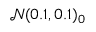
\mathcal { N } ( 0 . 1 , 0 . 1 ) _ { 0 }